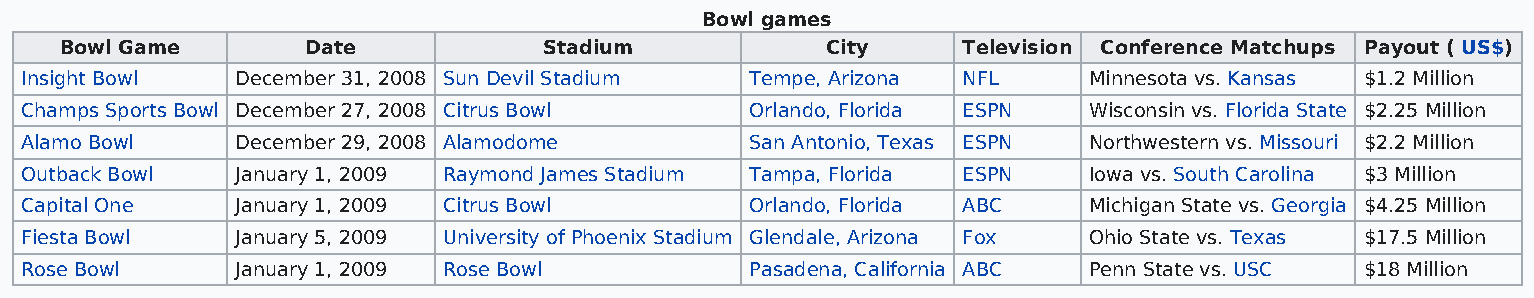
Bowl games
 Bowl Game       Date            Stadium            City     Television Conference Matchups Payout ( US$)
 Insight Bowl   December 31, 2008 Sun Devil Stadium Tempe, Arizona NFL  Minnesota vs. Kansas $1.2 Million
 Champs Sports Bowl December 27, 2008 Citrus Bowl Orlando, Florida ESPN Wisconsin vs. Florida State $2.25 Million
 Alamo Bowl     December 29, 2008 Alamodome       San Antonio, Texas ESPN Northwestern vs. Missouri $2.2 Million
 Outback Bowl   January 1, 2009 Raymond James Stadium Tampa, Florida ESPN Iowa vs. South Carolina $3 Million
 Capital One    January 1, 2009 Citrus Bowl       Orlando, Florida ABC  Michigan State vs. Georgia $4.25 Million
 Fiesta Bowl    January 5, 2009 University of Phoenix Stadium Glendale, Arizona Fox Ohio State vs. Texas $17.5 Million
 Rose Bowl      January 1, 2009 Rose Bowl         Pasadena, California ABC Penn State vs. USC $18 Million